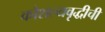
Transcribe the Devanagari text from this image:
कौशल्यवृद्धीची